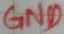
Text: GND